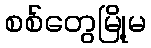
စစ်တွေမြို့မ